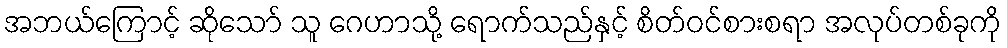
အဘယ်ကြောင့် ဆိုသော် သူ ဂေဟာသို့ ရောက်သည်နှင့် စိတ်ဝင်စားစရာ အလုပ်တစ်ခုကို